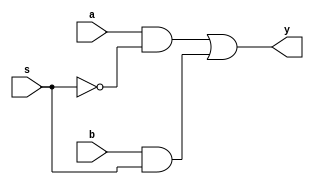
/*
 * Generated by Digital. Don't modify this file!
 * Any changes will be lost if this file is regenerated.
 */

module two_bit_mux (
  input a,
  input b,
  input s,
  output y
);
  assign y = ((a & ~ s) | (b & s));
endmodule

module four_bit_mux (
  input [3:0] a,
  input [3:0] b,
  input sel,
  output [3:0] y
);
  wire s0;
  wire s1;
  wire s2;
  wire s3;
  wire s4;
  wire s5;
  wire s6;
  wire s7;
  wire s8;
  wire s9;
  wire s10;
  wire s11;
  assign s0 = a[3];
  assign s3 = a[2];
  assign s6 = a[1];
  assign s9 = a[0];
  assign s1 = b[3];
  assign s4 = b[2];
  assign s7 = b[1];
  assign s10 = b[0];
  two_bit_mux two_bit_mux_i0 (
    .a( s0 ),
    .b( s1 ),
    .s( sel ),
    .y( s2 )
  );
  two_bit_mux two_bit_mux_i1 (
    .a( s3 ),
    .b( s4 ),
    .s( sel ),
    .y( s5 )
  );
  two_bit_mux two_bit_mux_i2 (
    .a( s6 ),
    .b( s7 ),
    .s( sel ),
    .y( s8 )
  );
  two_bit_mux two_bit_mux_i3 (
    .a( s9 ),
    .b( s10 ),
    .s( sel ),
    .y( s11 )
  );
  assign y[3] = s2;
  assign y[2] = s5;
  assign y[1] = s8;
  assign y[0] = s11;
endmodule

module DIG_D_FF_AS_1bit
#(
    parameter Default = 0
)
(
   input Set,
   input D,
   input C,
   input Clr,
   output Q,
   output \~Q
);
    reg state;

    assign Q = state;
    assign \~Q  = ~state;

    always @ (posedge C or posedge Clr or posedge Set)
    begin
        if (Set)
            state <= 1'b1;
        else if (Clr)
            state <= 'h0;
        else
            state <= D;
    end

    initial begin
        state = Default;
    end
endmodule

module four_bit_reg (
  input [3:0] d,
  input enable,
  input clk,
  input reset,
  output [3:0] q
);
  wire [3:0] q_temp;
  wire [3:0] s0;
  wire s1;
  wire s2;
  wire s3;
  wire s4;
  wire s5;
  wire s6;
  wire s7;
  wire s8;
  four_bit_mux four_bit_mux_i0 (
    .a( q_temp ),
    .b( d ),
    .sel( enable ),
    .y( s0 )
  );
  DIG_D_FF_AS_1bit #(
    .Default(0)
  )
  DIG_D_FF_AS_1bit_i1 (
    .Set( 1'b0 ),
    .D( s1 ),
    .C( clk ),
    .Clr( reset ),
    .Q( s2 )
  );
  DIG_D_FF_AS_1bit #(
    .Default(0)
  )
  DIG_D_FF_AS_1bit_i2 (
    .Set( 1'b0 ),
    .D( s3 ),
    .C( clk ),
    .Clr( reset ),
    .Q( s4 )
  );
  DIG_D_FF_AS_1bit #(
    .Default(0)
  )
  DIG_D_FF_AS_1bit_i3 (
    .Set( 1'b0 ),
    .D( s5 ),
    .C( clk ),
    .Clr( reset ),
    .Q( s6 )
  );
  DIG_D_FF_AS_1bit #(
    .Default(0)
  )
  DIG_D_FF_AS_1bit_i4 (
    .Set( 1'b0 ),
    .D( s7 ),
    .C( clk ),
    .Clr( reset ),
    .Q( s8 )
  );
  assign q_temp[0] = s2;
  assign q_temp[1] = s4;
  assign q_temp[2] = s6;
  assign q_temp[3] = s8;
  assign s1 = s0[0];
  assign s3 = s0[1];
  assign s5 = s0[2];
  assign s7 = s0[3];
  assign q = q_temp;
endmodule